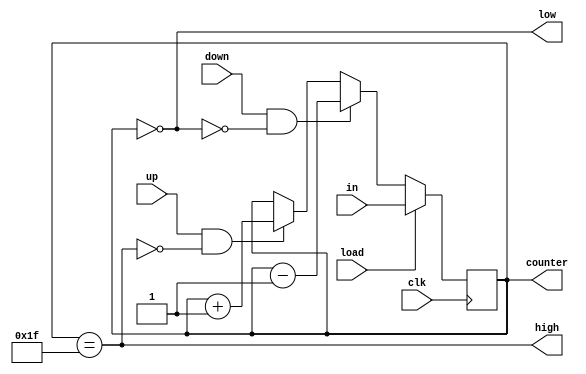
module Up_Down_Count(
    input clk,
    input [4:0] in, 
    input load, down, up,
    output reg [4:0] counter,
    output wire low, high
);

reg [4:0] value; 

always @(*) begin
    if (load) begin
        value = in;
    end
    else if (down && !low) begin
        value = counter - 5'b00001;
    end
    else if (up && !high) begin
        value = counter + 5'b00001;
    end
    else begin
        value = counter ;
    end    
end

always @(posedge clk ) begin
    counter <= value ;
end

assign low  = (counter == 5'b00000);
assign high = (counter == 5'b11111);

endmodule